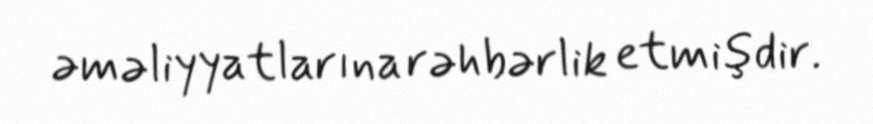
əməliyyatlarına rəhbərlik etmişdir.